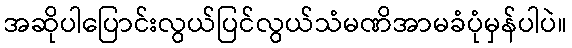
အဆိုပါပြောင်းလွယ်ပြင်လွယ်သံမဏိအာမခံပုံမှန်ပါပဲ။